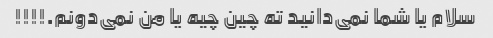
سلام یا شما نمی‌دانید ته چین چیه یا من نمی‌دونم.!!!!